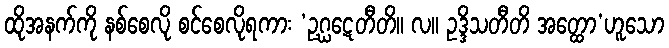
ထိုအနက်ကို နစ်စေလို စင်စေလိုရကား ‘ဥဂ္ဃဋေတီတိ။ လ။ ဥဒ္ဒိသတီတိ အတ္ထော’ဟူသော